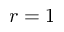
r = 1